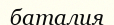
баталия